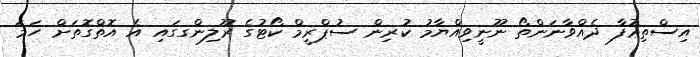
އިސްތިޢުފާ ދެއްވާނަންތޯ ނޫނީވިއްޔާމު ކުރިން ސުޕްރީމް ކޯޓުގެ ރޫލިންގގައި އެ އޮތްގޮތަށް ހަމަ